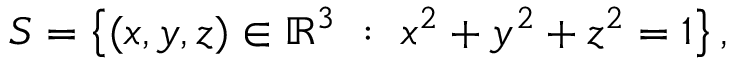
S = \left\{ ( x , y , z ) \in \mathbb { R } ^ { 3 } \ : \ x ^ { 2 } + y ^ { 2 } + z ^ { 2 } = 1 \right\} ,